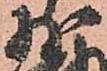
少